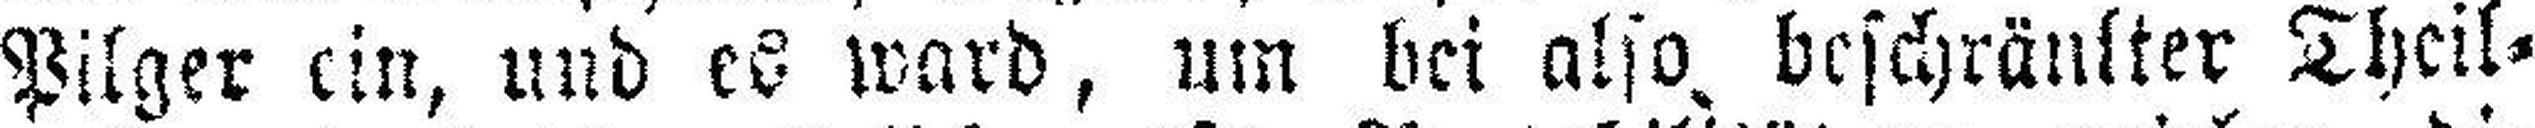
Pilger ein, und es ward, um bei also, beschränkter Theil¬